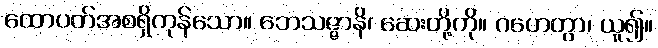
ထောပတ်အစရှိကုန်သော။ ဘေသဇ္ဇာနိ၊ ဆေးတို့ကို။ ဂဟေတွာ၊ ယူ၍။